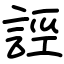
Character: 誙